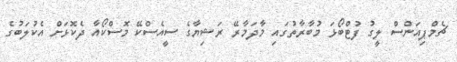
ޗެމްޕިއަންސް ލީގު ފުޓްބޯޅަ މުބާރާތުގައި މާދަމާރޭ ރަޝިޔާގެ ސީއެސްކޭ މޮސްކޯއާ ދެކޮޅަށް އެކުލަބުގެ